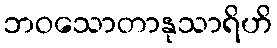
ဘဝသောတာနုသာရိဟိ